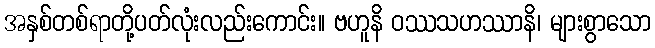
အနှစ်တစ်ရာတို့ပတ်လုံးလည်းကောင်း။ ဗဟူနိ ဝဿသဟဿာနိ၊ များစွာသော